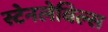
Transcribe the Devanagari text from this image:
स्टेनलेबिल्स